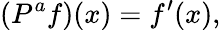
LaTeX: \left(P^{a}f\right)(x)=f^{\prime}(x),